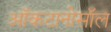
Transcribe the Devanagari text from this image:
ऑकटानोसॉल